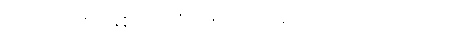
ကြိုတင်စဉ်းစားထားဖို့ သတိပေးလိုက်ပါတယ်။